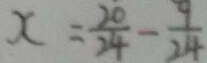
x = \frac { 2 0 } { 2 4 } - \frac { 9 } { 2 4 }